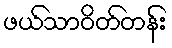
ဖယ်သာဝိတ်တန်း